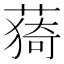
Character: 𦸒